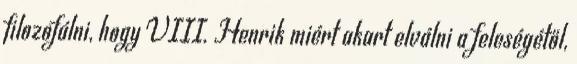
filozofálni, hogy VIII. Henrik miért akart elválni a feleségétől,